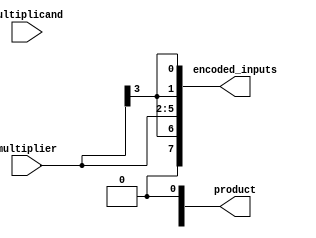
module booth_multiplier(
    input [3:0] multiplier,
    input [3:0] multiplicand,
    output reg [7:0] encoded_inputs,
    output reg [3:0] product
);

// Booth encoder
always @ (multiplier, multiplicand)
begin
    encoded_inputs = {multiplier[3], multiplier, {2{multiplier[3]}}};
end

// Booth control unit
always @ (posedge clk)
begin
    case (encoded_inputs)
        // Control logic goes here
    endcase
end

// Partial product generator
always @ (posedge clk)
begin
    // Generate partial products
end

// Accumulator
always @ (posedge clk)
begin
    // Add partial products to produce final product
end

endmodule